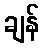
ချန်